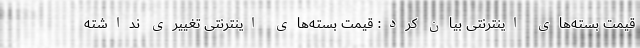
قیمت بسته‌های اینترنتی بیان کرد: قیمت بسته‌های اینترنتی تغییری نداشته